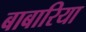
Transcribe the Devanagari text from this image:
बाबारिया